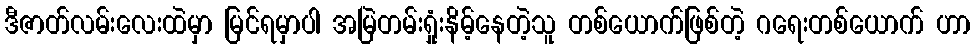
ဒီဇာတ်လမ်းလေးထဲမှာ မြင်ရမှာပါ အမြဲတမ်းရှုံးနိမ့်နေတဲ့သူ တစ်ယောက်ဖြစ်တဲ့ ဂရေးတစ်ယောက် ဟာ